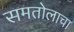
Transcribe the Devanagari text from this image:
समतोलाचा